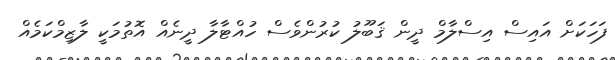
ފަހަކަށް އައިސް އިސްލާމް ދީން ޤަބޫލު ކުރުންވެސް ހުއްޓާލާ ދީނެއް އޮތުމަކީ ލާޒިމްކަމެއް